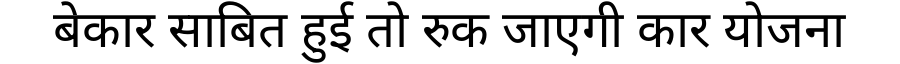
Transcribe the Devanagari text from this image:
बेकार साबित हुई तो रुक जाएगी कार योजना